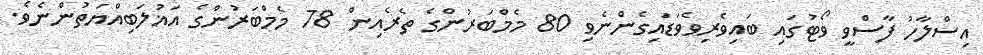
އިސްލާހު ފާސްވީ ވޯޓުގައި ބައިވެރިވެވަޑައިގެންނެވި 80 މެމްބަރުންގެ ތެރެއިން 78 މެމްބަރުންގެ އަޣުލަބިއްޔަތުންނެވެ.